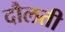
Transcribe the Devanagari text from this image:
दौलती